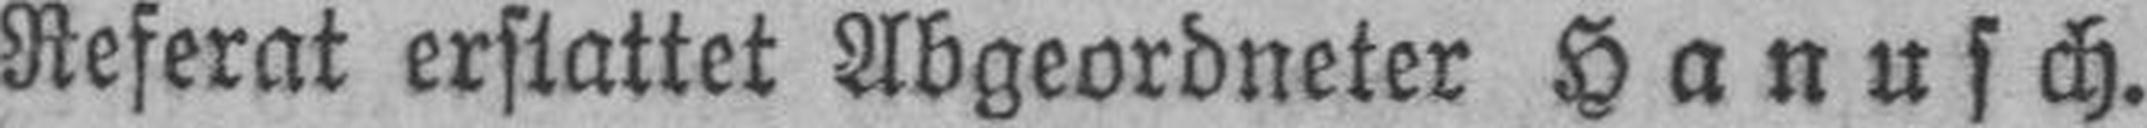
Referat erstattet Abgeordneter Hanusch.